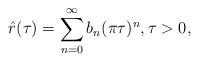
LaTeX: \begin{align*} \hat{r}(\tau) = \sum_{n = 0}^\infty b_n ( { \pi \tau } )^n , \tau > 0, \end{align*}